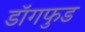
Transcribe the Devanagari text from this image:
डॉगफुड